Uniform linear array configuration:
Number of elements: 16
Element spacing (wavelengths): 0.5
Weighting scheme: kaiser
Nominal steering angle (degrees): -45
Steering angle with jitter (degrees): -46.712
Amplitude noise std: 0.05
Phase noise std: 0.05

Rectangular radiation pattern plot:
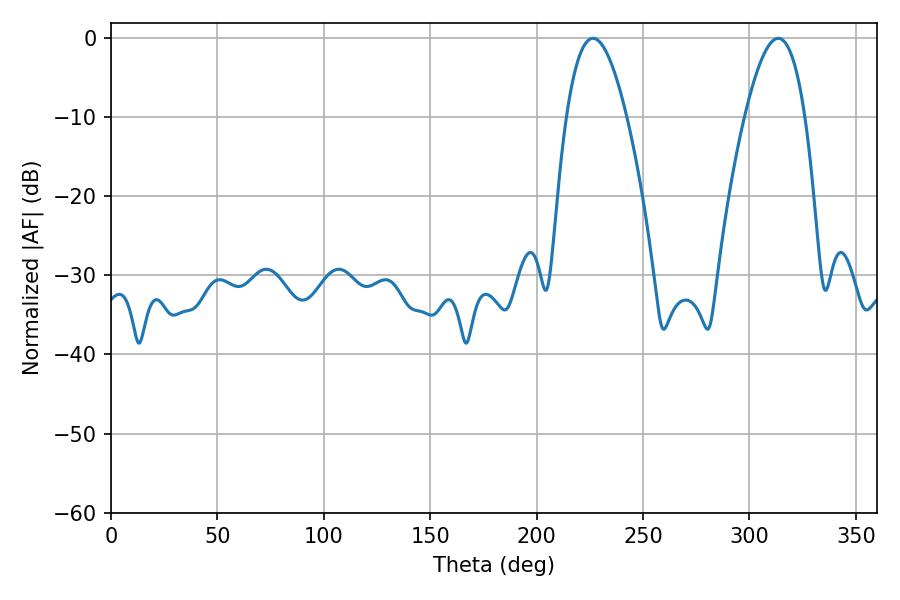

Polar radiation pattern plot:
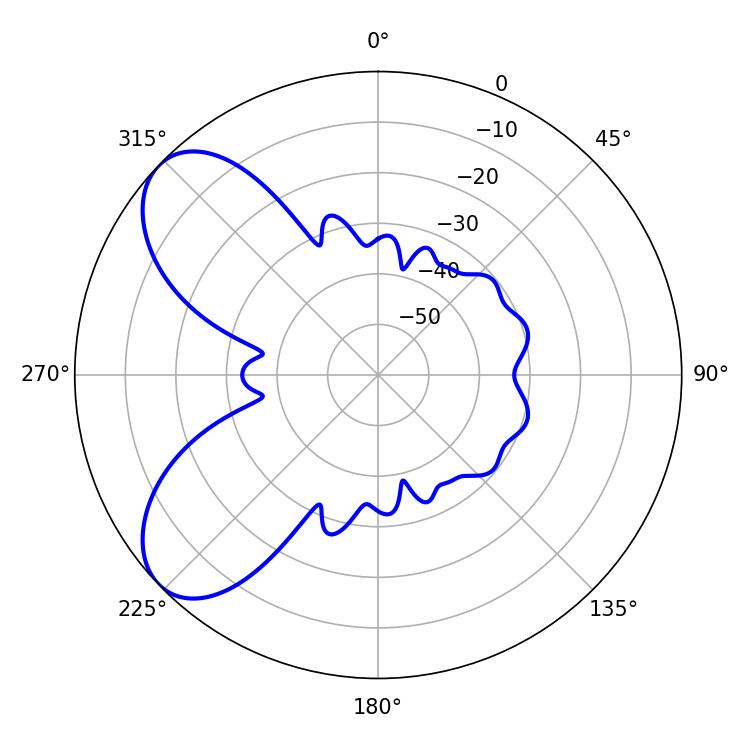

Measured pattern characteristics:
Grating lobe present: FALSE
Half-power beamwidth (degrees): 15.48
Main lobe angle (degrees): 226.44